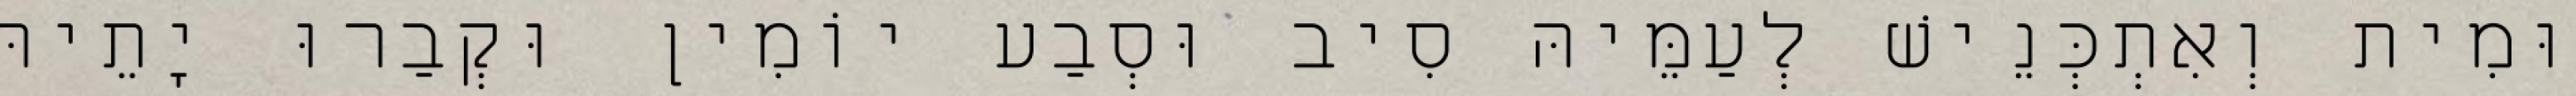
וּמִית וְאִתְכְּנֵישׁ לְעַמֵּיהּ סִיב וּסְבַע יוֹמִין וּקְבַרוּ יָתֵיהּ